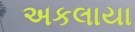
અકલાયા